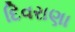
દિવરાણા